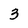
Character: 3